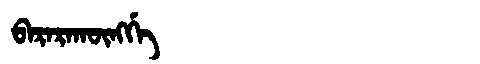
Manchu: ᠪᠠᡵᠠᡵᠠᡴᡡᠩᡤᡝ
Romanization: BARARAKŪNGGE